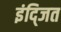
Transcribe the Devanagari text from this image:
इंद्जित